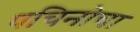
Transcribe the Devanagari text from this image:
पचिनोचा